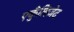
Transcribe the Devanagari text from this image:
एकुँलिज़ेद